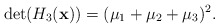
\begin{align*} \det(H_3(\mathbf{x})) = (\mu_1 + \mu_2 + \mu_3)^2. \end{align*}